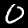
Label: 0